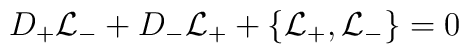
D_+{\cal L}_-+D_-{\cal L}_++\{{\cal L}_+,{\cal L}_-\}=0